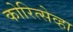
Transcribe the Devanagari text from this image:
कोरित्सेव्हा